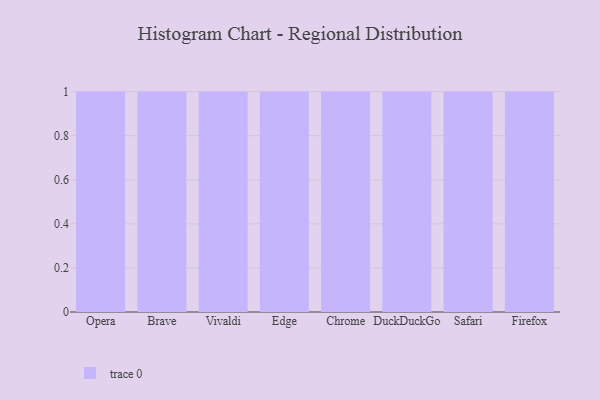
{"axis": {"x": "Browser", "y": "Energy Usage (MWh)"}, "legend": [""], "data": [{"x": "Opera", "y": 30, "type": ""}, {"x": "Brave", "y": 74, "type": ""}, {"x": "Vivaldi", "y": 61, "type": ""}, {"x": "Edge", "y": 80, "type": ""}, {"x": "Chrome", "y": 35, "type": ""}, {"x": "DuckDuckGo", "y": 85, "type": ""}, {"x": "Safari", "y": 32, "type": ""}, {"x": "Firefox", "y": 60, "type": ""}]}